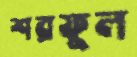
শরফুল